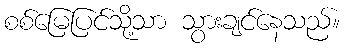
စစ်မြေပြင်သို့သာ သွားချင်နေသည်။